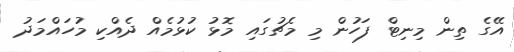
އޭގެ ތިން މިނިޓް ފަހުން މި މެޗުގައި މޮޅު ކުޅުމެއް ދެއްކި މުހައްމަދު